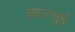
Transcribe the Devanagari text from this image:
क़रत्सुई